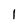
Character: l